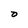
Character: 0